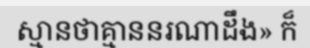
ស្មានថាគ្មាននរណាដឹង» ក៏